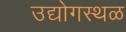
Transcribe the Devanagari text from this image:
उद्योगस्थळ